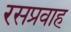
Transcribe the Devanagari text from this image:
रसप्रवाह